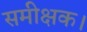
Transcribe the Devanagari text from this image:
समीक्षक।